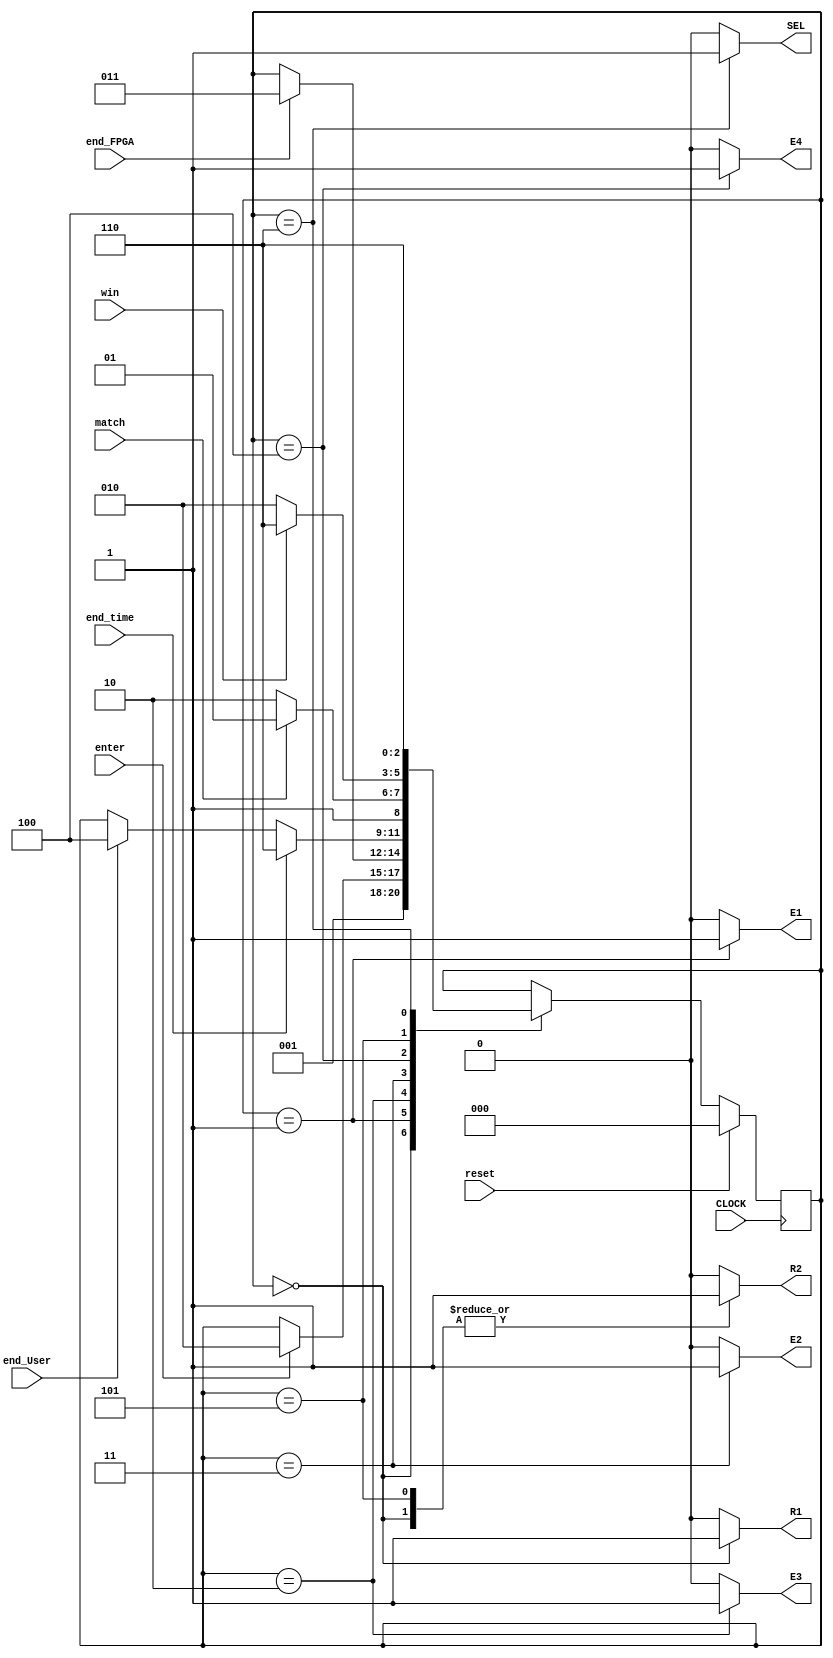
/*
controle.v
Ronzani, Maurcio Darabas - 07/06/2024


*/

module controle
(
	CLOCK,enter,reset,
	end_FPGA,end_User,end_time,
	win,	match,
	
	R1,R2,E1,E2,E3,E4,SEL
	);

	// Input Port(s)
	input wire CLOCK,enter,reset,end_FPGA,end_User,end_time,win,match;
	output reg R1,R2,E1,E2,E3,E4,SEL;
	
	localparam N_ESTADOS = 3;
	//3 bits 8 estados
	//se mais estados -. mudar para N bits
	localparam [N_ESTADOS-1:0] Init 		= 3'b000, 	//primeiro estado ou e
									  Setup		= 3'b001,	//configurao inicial
									  Play_FPGA = 2,			//Jagada do FPGA
									  Play_User = 3'h3, 		//jogada do usurio
									  Check 		= 3'b100, 	//Verificao de resultado
									  Next_Round= 3'b101,	//Proxima rodada
									  Result		= 3'b110;	//Estado final do resultado
	
	reg [N_ESTADOS-1:0] state, next_state;
	
	
	//Processo sequencial
	//Armazena estado ATUAL	
	always@ (posedge CLOCK) begin
		if(reset)
			state<=Init;
		else
			state<=next_state;
		end
	
	//LOGICA COMBINACIONAL DOS ESTADOS
	always @ (end_FPGA or end_User or end_time or win or match or state) begin
		
		next_state = state;
		case (state) 
			Init: next_state = Setup;
					
			Setup: if(enter == 1'b1) next_state = Play_FPGA;
				
			Play_FPGA: if(end_FPGA == 1'b1) next_state = Play_User;
			
			Play_User: 
			begin 
				if(end_time == 1'b1) next_state = Result;
				else 
				if (end_User == 1'b1) next_state = Check;
			end					
			
			Check:
			begin
				if(match == 1'b1) next_state = Next_Round;
				else next_state = Result;
			end
			
			Next_Round: 
			begin
			if(win == 1'b1) next_state = Result;
			else next_state = Play_FPGA;
			end
			
			Result: next_state = Result; 
		
		endcase	
	end //FIM LOGICA COMBINACIONAL DOS ESTADOS
	
	always @ (state) begin
		R1=1'b0; R2=1'b0; 
		E1=1'b0; E2=1'b0; E3=1'b0; E4=1'b0; 
		SEL=1'b0;
	
		case (state)
			Init: begin
						R1=1'b1; R2=1'b1;				
					end
			Setup: 		E1=1'b1;
			
			Play_FPGA: 	E3=1'b1;
			
			Play_User:	E2=1'b1;
			
			Check:		E4=1'b1;
			
			Next_Round: R2=1'b1;
			
			Result: 		SEL=1'b1;		
		endcase
	end

	


endmodule